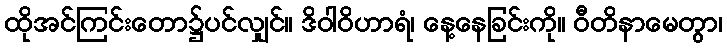
ထိုအင်ကြင်းတော၌ပင်လျှင်။ ဒိဝါဝိဟာရံ၊ နေ့နေခြင်းကို။ ဝီတိနာမေတွာ၊